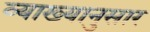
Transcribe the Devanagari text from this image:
व्याख्यानुसार